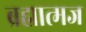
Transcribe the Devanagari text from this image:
ब्रह्मात्मज